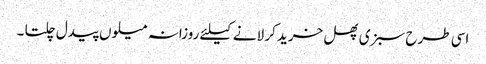
اسی طرح سبزی پھل خرید کر لانے کیلئے روزانہ میلوں پیدل چلتا ۔